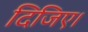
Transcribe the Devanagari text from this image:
दिजिए।